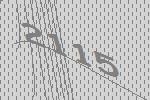
2115